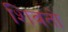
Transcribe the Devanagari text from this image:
शिवतो